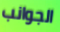
الجوانب